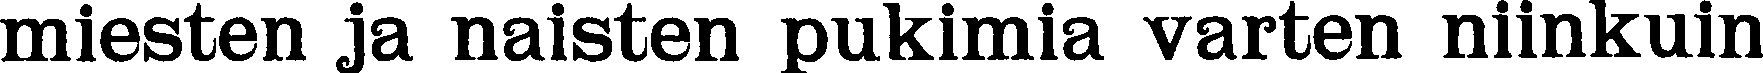
miesten ja naisten pukimia varten niinkuin